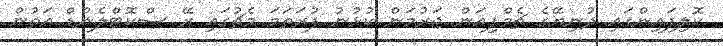
ކޮލިފައިންގައި ދުނިޔޭގެ ޗެމްޕިއަން ޖަރުމަން ކުޅުނު ފުރަތަމަ މެޗުގައި ރޭ ސްކޮޓްލެންޑް އަތުން